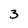
Character: 3